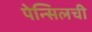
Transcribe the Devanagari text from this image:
पेन्सिलची